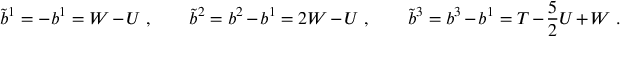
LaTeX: \tilde { b } ^ { 1 } = - b ^ { 1 } = W - U \; , \qquad \tilde { b } ^ { 2 } = b ^ { 2 } - b ^ { 1 } = 2 W - U \; , \qquad \tilde { b } ^ { 3 } = b ^ { 3 } - b ^ { 1 } = T - \frac { 5 } { 2 } U + W \; .